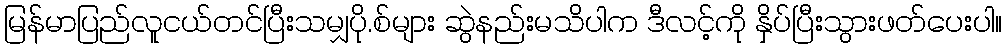
မြန်မာပြည်လူငယ်တင်ပြီးသမျှပို.စ်များ ဆွဲနည်းမသိပါက ဒီလင့်ကို နှိပ်ပြီးသွားဖတ်ပေးပါ။